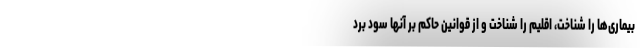
بیماری‌ها را شناخت، اقلیم را شناخت و از قوانین حاکم بر آنها سود برد